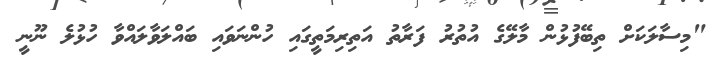
"މިސާލަކަށް ތިބޭފުޅުން މާލޭގެ އުތުރު ފަރާތު އަތިރިމަތީގައި ހުންނަވައި ބައްލަވާލައްވާ ހުޅުލެ ނޫނީ